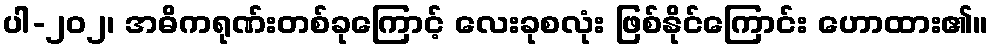
ပါ-၂၀၂၊ အဓိကရုဏ်းတစ်ခုကြောင့် လေးခုစလုံး ဖြစ်နိုင်ကြောင်း ဟောထား၏။